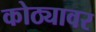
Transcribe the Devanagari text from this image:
कोठ्यावर